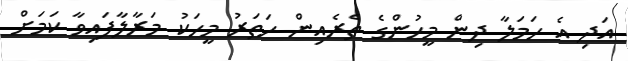
އަދި އެ ހަމަލާ ދިން މީހުންގެ ތެރެއިން ހަތަރު މީހަކު މަރާލާފައިވާ ކަމަށް